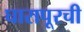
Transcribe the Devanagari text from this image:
घारापूरची